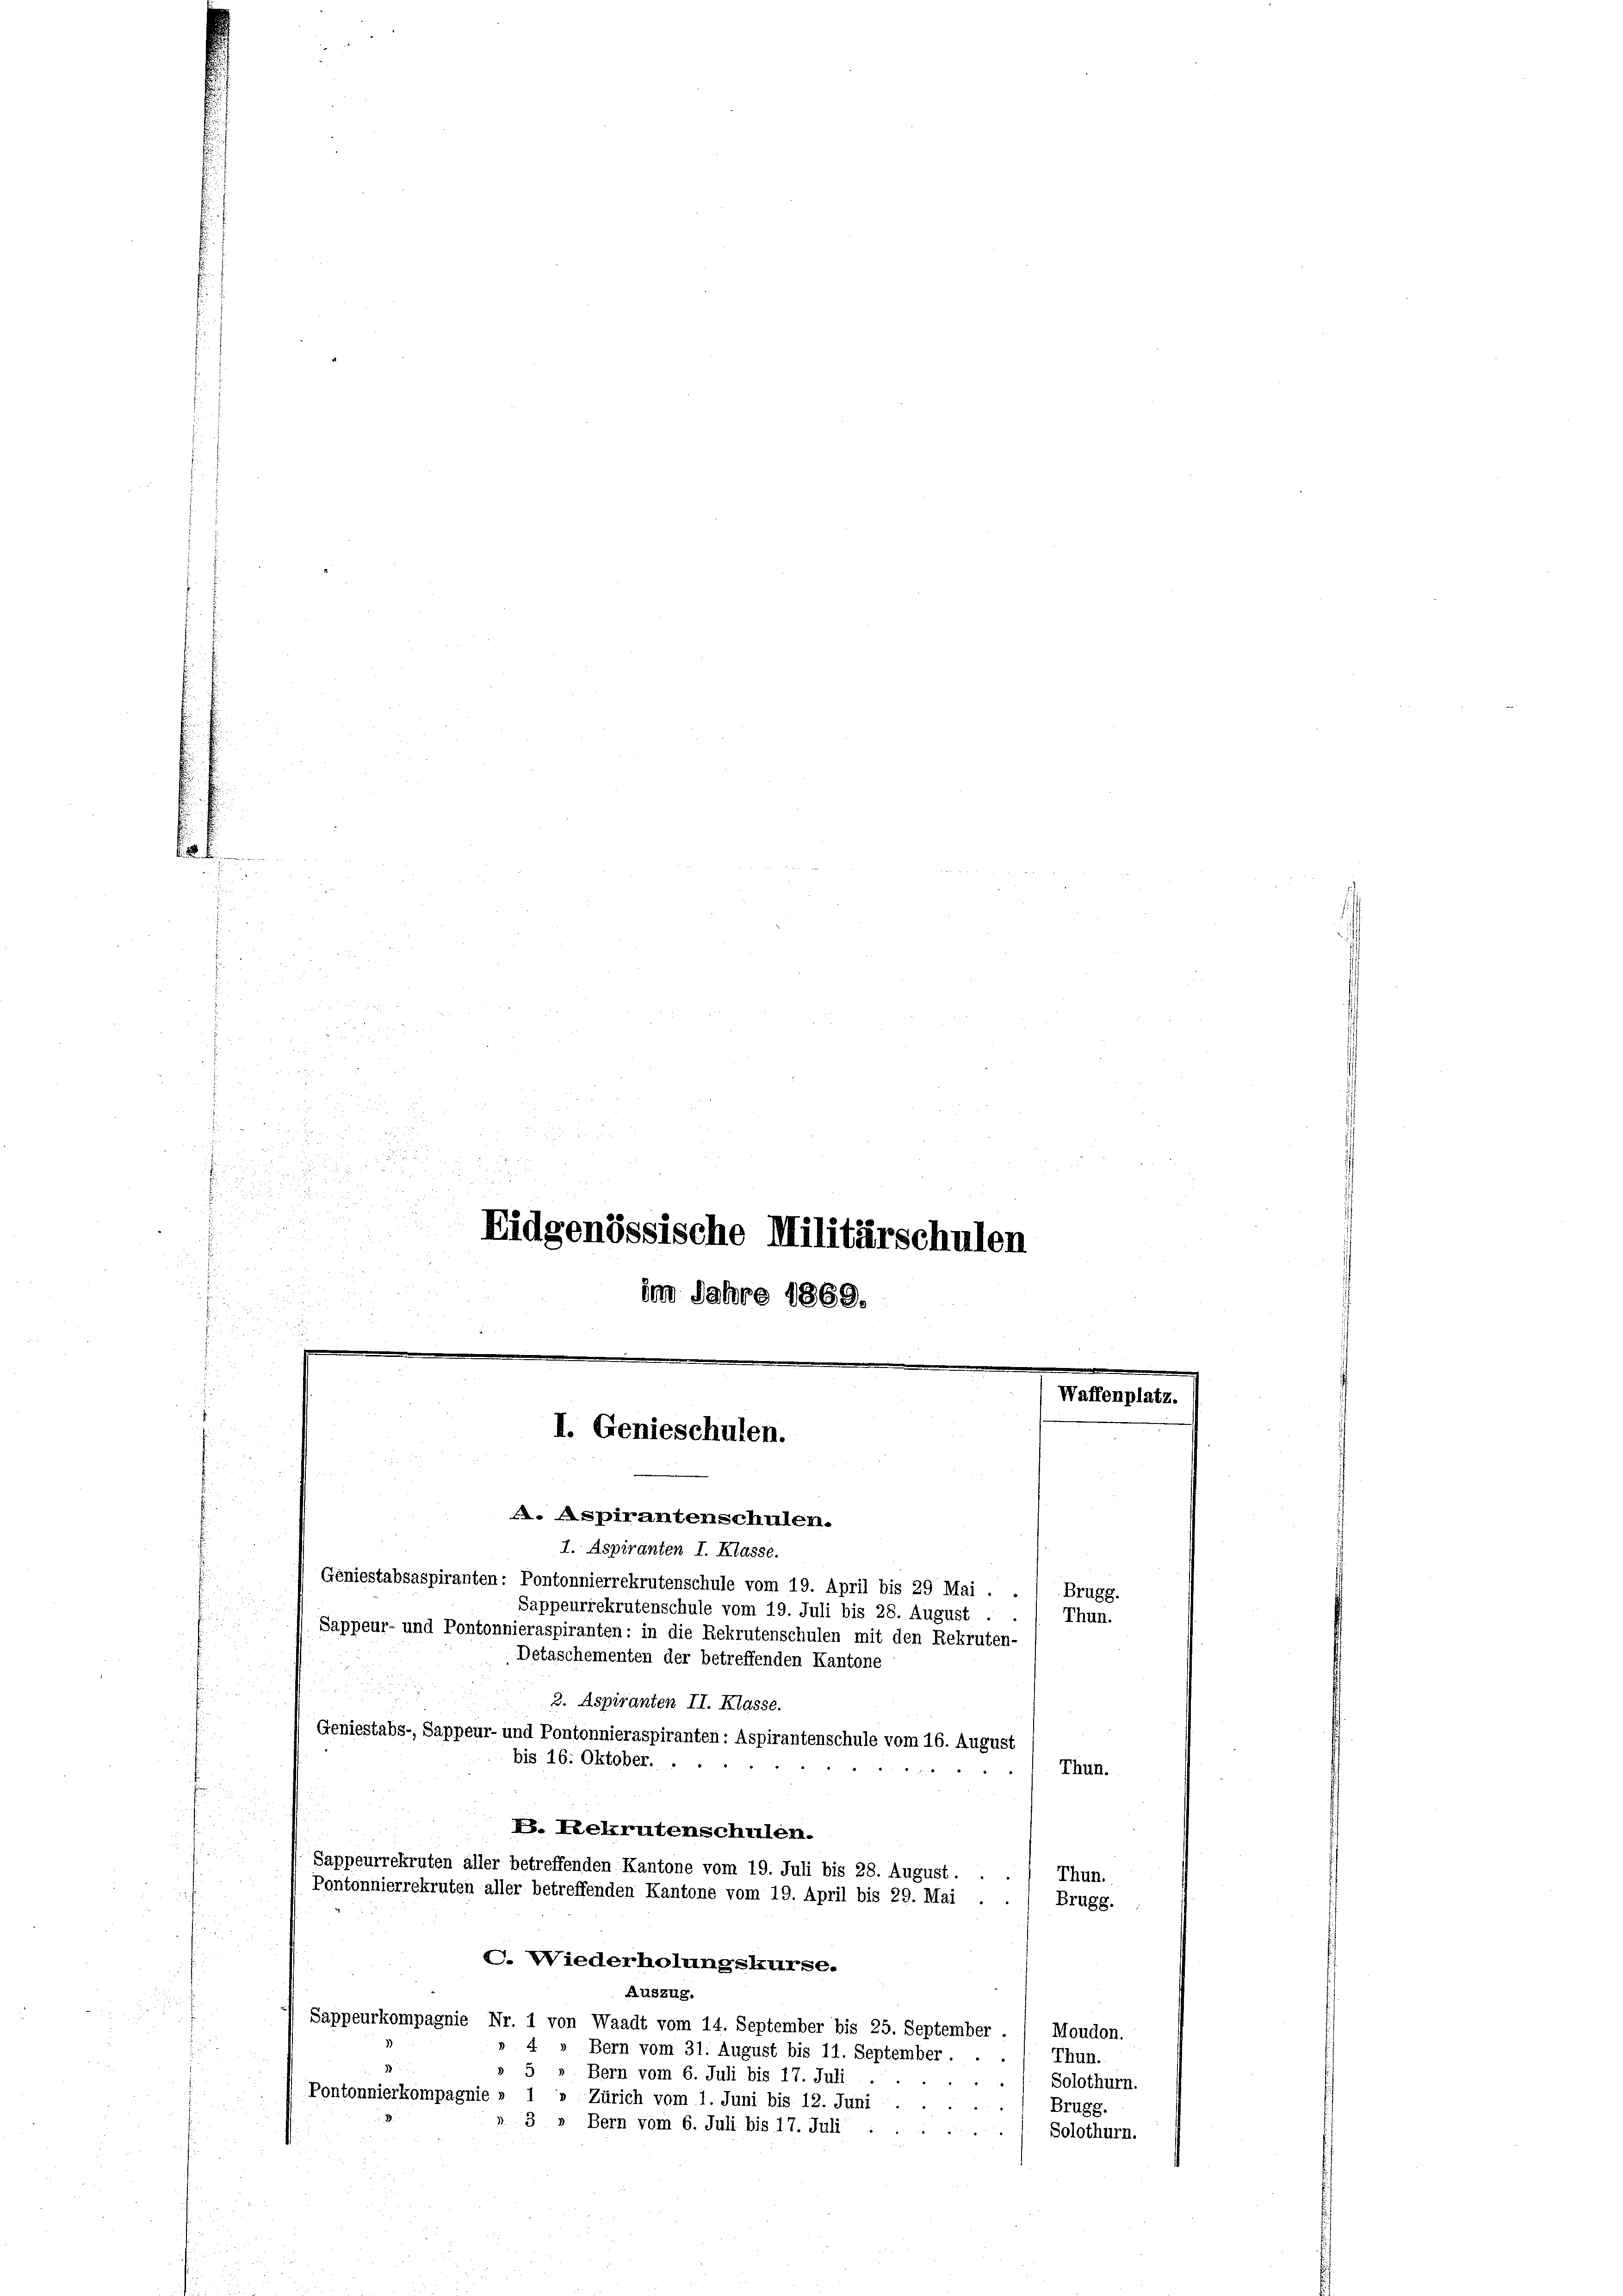
u
52

ki die

.
f
.

an
.
Eidgenössische Militärschulen
.
.
im Jahre 1868.
n

.
e
I. Genieschulen.

Waffenplatz.
A. Aspirantenschulen.
1. Aspiranten I. Klasse.
Geniestabsaspiranten: Pontonnierrekrutenschule vom 19. April bis 29 Mai . .
Sappeurrekrutenschule vom 19. Juli bis 28. August
Sappeur- und Pontonnieraspiranten: in die Rekrutenschulen mit den Rekruten-
Detaschementen der betreffenden Kantone

3. Aspiranten II. Klasse.
Geniestabs-, Sappeur- und Pontonnieraspiranten: Aspirantenschule vom 16. August
bis 16. Oktober.
Thun.
E. Rekrutenschulen.
Sappeurrekruten aller betreffenden Kantone vom 19. Juli bis 28. August.
Thun.
Pontonnierrekruten aller betreffenden Kantone vom 19. April bis 29. Mai
Brugg.
C. Wiederholungskurse.
Auszug.
Sappeurkompagnie Nr. 1 von Waadt vom 14. September bis 25. September
Moudon.
4
i
» Bern vom 31. August bis 11. September
Thun.
5 » Bern vom 6. Juli bis 17. Juli
Solothurn.
Pontonnierkompagnie » 1
» Zürich vom 1. Juni bis 12. Juni.
Brugg.
3 » Bern vom 6. Juli bis 17. Juli . .
Solothurn.

Brugg.
Thun.